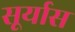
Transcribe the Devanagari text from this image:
सूर्यास